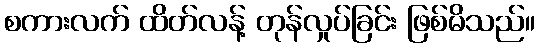
စကားလက် ထိတ်လန့် တုန်လှုပ်ခြင်း ဖြစ်မိသည်။